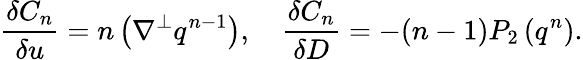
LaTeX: \frac{\delta C_{n}}{\delta u}=n\left(\nabla^{\perp}q^{n-1}\right),\quad\frac{\delta C_{n}}{\delta D}=-(n-1)P_{2}\left(q^{n}\right).